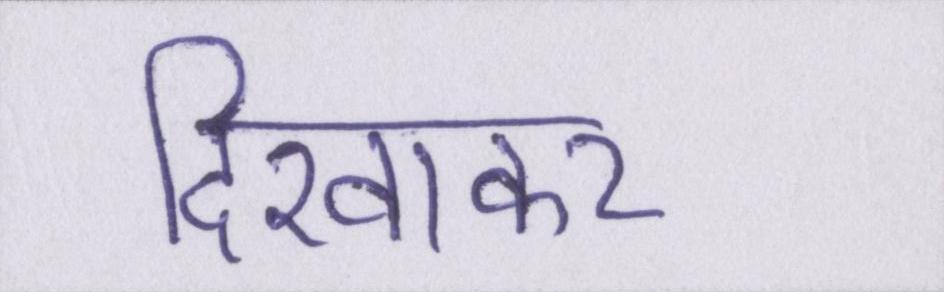
दिखाकर